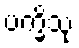
ပက္ခိသု